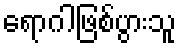
ရောဂါဖြစ်ပွားသူ